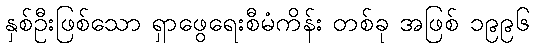
နှစ်ဦးဖြစ်သော ရှာဖွေရေးစီမံကိန်း တစ်ခု အဖြစ် ၁၉၉၆